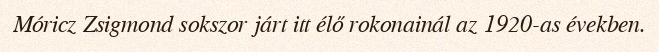
Móricz Zsigmond sokszor járt itt élő rokonainál az 1920-as években.